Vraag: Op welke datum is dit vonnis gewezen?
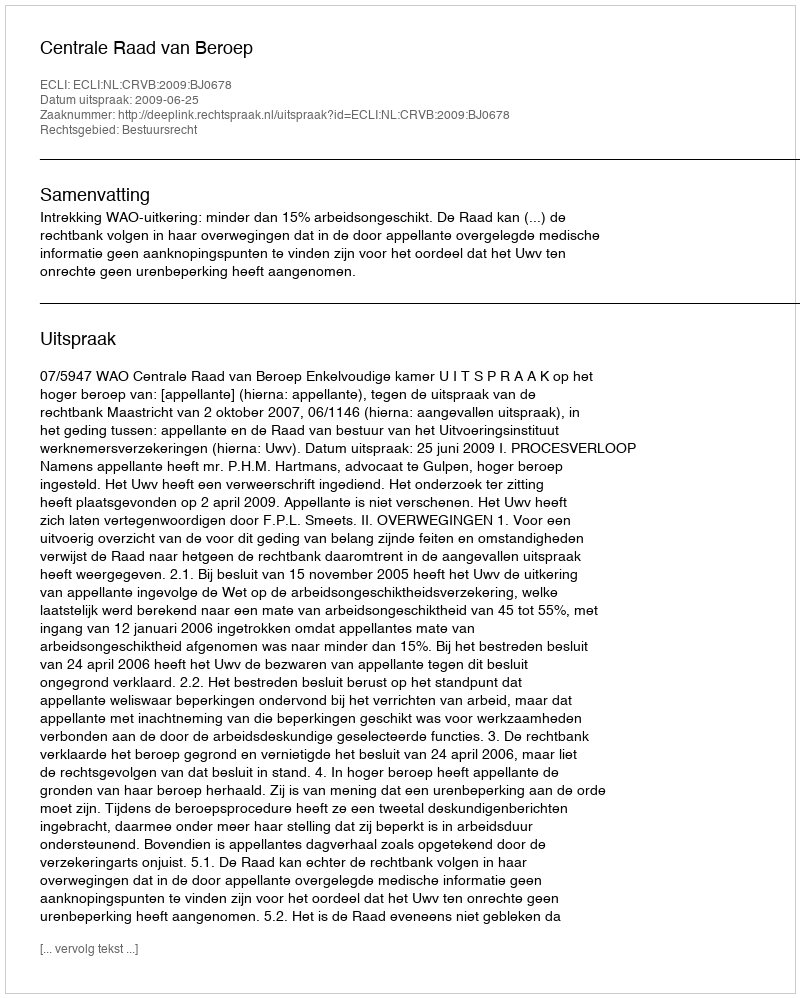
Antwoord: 2009-06-25